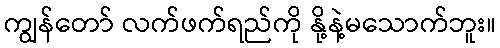
ကျွန်တော် လက်ဖက်ရည်ကို နို့နဲ့မသောက်ဘူး။